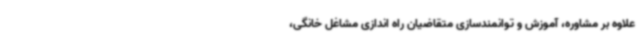
علاوه بر مشاوره، آموزش و توانمندسازی متقاضیان راه اندازی مشاغل خانگی،